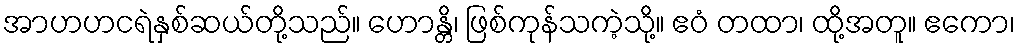
အာဟဟငရဲနှစ်ဆယ်တို့သည်။ ဟောန္တိ၊ ဖြစ်ကုန်သကဲ့သို့။ ဧဝံ တထာ၊ ထို့အတူ။ ဧကော၊